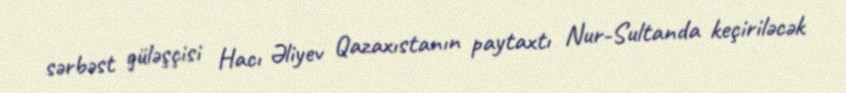
sərbəst güləşçisi Hacı Əliyev Qazaxıstanın paytaxtı Nur-Sultanda keçiriləcək